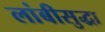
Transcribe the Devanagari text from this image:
लांबीसुद्धा